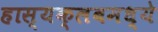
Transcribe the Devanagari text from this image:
हास्यक्लबमध्ये